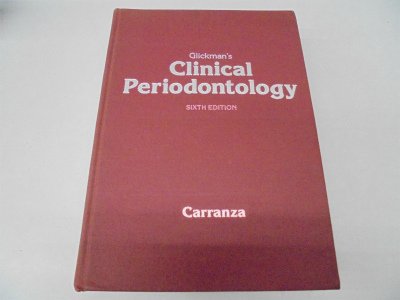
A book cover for Glickman's Clinical Periodontology; Irving Glickman; Medical Books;